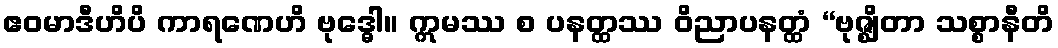
ဧဝမာဒီဟိပိ ကာရဏေဟိ ဗုဒ္ဓေါ။ ဣမဿ စ ပနတ္ထဿ ဝိညာပနတ္ထံ “ဗုဇ္ဈိတာ သစ္စာနီတိ